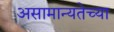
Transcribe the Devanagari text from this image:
असामान्यतेच्या